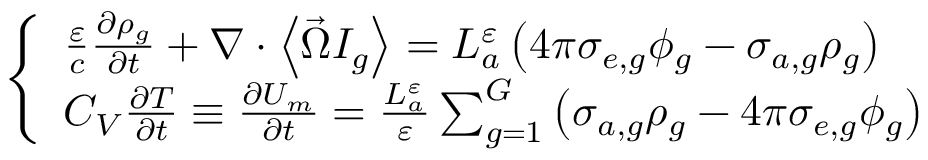
\left\{ \begin{array} { l } { { \frac { \varepsilon } { c } \frac { \partial \rho _ { g } } { \partial t } + \nabla \cdot \left\langle \vec { \Omega } I _ { g } \right\rangle = L _ { a } ^ { \varepsilon } \left( 4 \pi \sigma _ { e , g } \phi _ { g } - \sigma _ { a , g } \rho _ { g } \right) } } \\ { { C _ { V } \frac { \partial T } { \partial t } \equiv \frac { \partial U _ { m } } { \partial t } = \frac { L _ { a } ^ { \varepsilon } } { \varepsilon } \sum _ { g = 1 } ^ { G } \left( \sigma _ { a , g } \rho _ { g } - 4 \pi \sigma _ { e , g } \phi _ { g } \right) } } \end{array} \right.